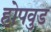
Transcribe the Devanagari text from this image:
होपवुड